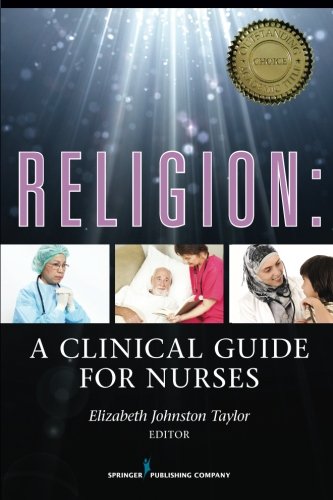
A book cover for Religion: A Clinical Guide for Nurses; Elizabeth Johnston Taylor PhD  RN; Medical Books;